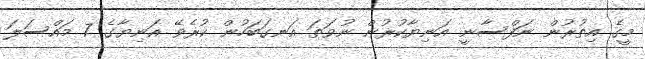
މީގެ އިތުރުން ނަފްސާނީ އަނިޔާކުރުން ނުވަތަ އަނގަބަހުން ކުރެވޭ އަނިޔާގެ 7 މައްސަލަ